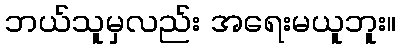
ဘယ်သူမှလည်း အရေးမယူဘူး။